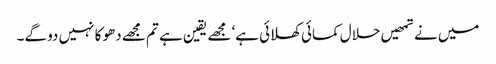
میں نے تمھیں حلال کمائی کھلائی ہے‘ مجھے یقین ہے تم مجھے دھوکا نہیں دو گے۔